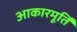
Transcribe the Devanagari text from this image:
आकारमूर्ति